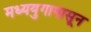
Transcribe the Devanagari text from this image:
मध्ययुगापासून